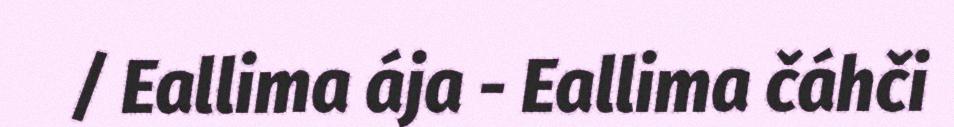
/ Eallima ája - Eallima čáhči